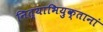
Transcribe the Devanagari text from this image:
नित्याभियुक्तानां